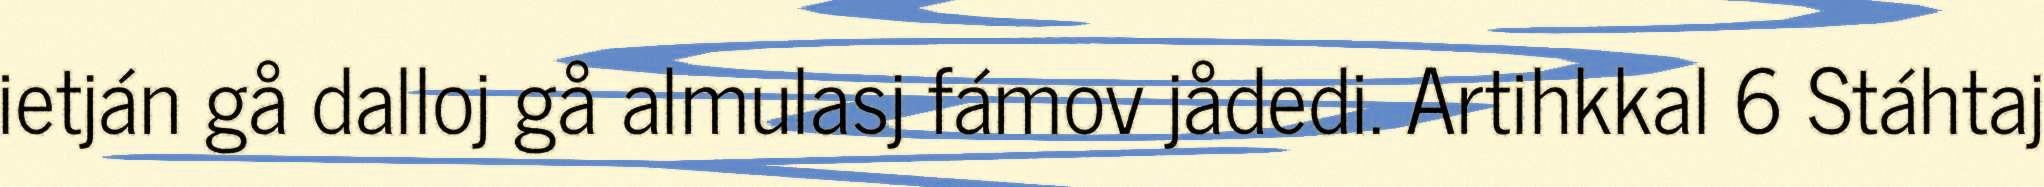
ietján gå dalloj gå almulasj fámov jådedi. Artihkkal 6 Stáhtaj